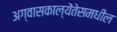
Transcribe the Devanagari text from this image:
अग्वासकाल्येंतेसमधील